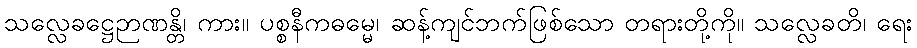
သလ္လေခဋ္ဌေဉာဏန္တိ၊ ကား။ ပစ္စနီကဓမ္မေ၊ ဆန့်ကျင်ဘက်ဖြစ်သော တရားတို့ကို။ သလ္လေခတိ၊ ရေး